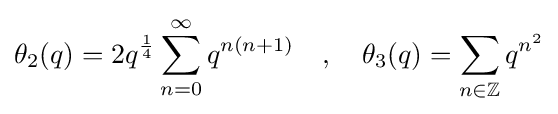
\theta _{2}(q)=2q^{\frac {1}{4}}\sum _{n=0}^{\infty }q^{n(n+1)}\quad ,\quad \theta _{3}(q)=\sum _{n\in {\mathbb {Z} }}q^{n^{2}}